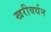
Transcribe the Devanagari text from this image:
खरीवर्धन